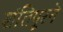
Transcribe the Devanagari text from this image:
शंतिपूरने